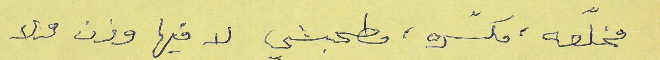
مخلّعه، مكسّره، مطحبشي لا فيها وزن ولا